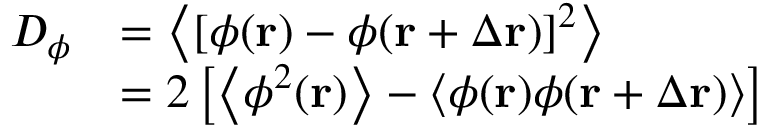
\begin{array} { r l } { D _ { \phi } } & { = \left\langle \left[ \phi ( \mathbf { r } ) - \phi ( \mathbf { r } + \Delta \mathbf { r } ) \right] ^ { 2 } \right\rangle } \\ & { = 2 \left[ \left\langle \phi ^ { 2 } ( \mathbf { r } ) \right\rangle - \left\langle \phi ( \mathbf { r } ) \phi ( \mathbf { r } + \Delta \mathbf { r } ) \right\rangle \right] } \end{array}